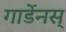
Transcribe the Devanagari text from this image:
गार्डेनस्